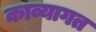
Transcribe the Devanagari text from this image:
काव्यागत